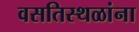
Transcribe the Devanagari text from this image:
वसतिस्थळांना